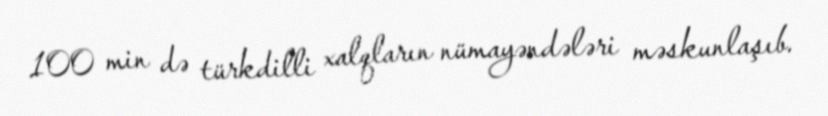
100 min də türkdilli xalqların nümayəndələri məskunlaşıb.